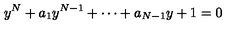
y ^ { N } + a _ { 1 } y ^ { N - 1 } + \cdots + a _ { N - 1 } y + 1 = 0